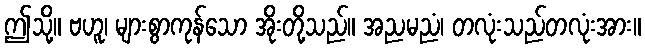
ဤသို့။ ဗဟူ၊ များစွာကုန်သော အိုးတို့သည်။ အညမညံ၊ တလုံးသည်တလုံးအား။